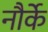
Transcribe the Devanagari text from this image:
नौर्के